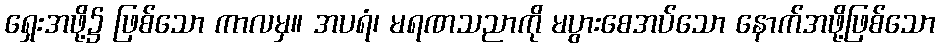
ရှေးအဖို့၌ ဖြစ်သော ကာလမှ။ အပရံ၊ မရဏသညာကို မပွားစေအပ်သော နောက်အဖို့ဖြစ်သော